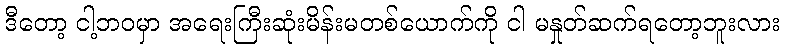
ဒီတော့ ငါ့ဘဝမှာ အရေးကြီးဆုံးမိန်းမတစ်ယောက်ကို ငါ မနှုတ်ဆက်ရတော့ဘူးလား